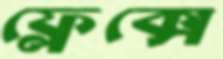
ফ্লেক্সে